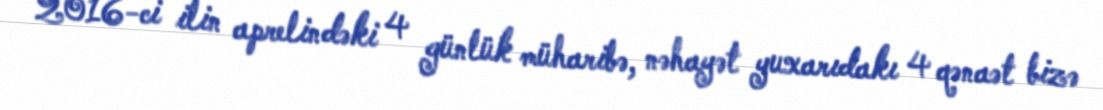
2016-ci ilin aprelindəki 4 günlük müharibə, nəhayət yuxarıdakı 4 qənaət bizə